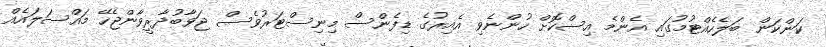
ކަންކަން ބަލެހެއްޓުމުގައި އެންމެ އިސްކޮށް ހުންނެވި އެއިރުގެ ޑިފެންސް މިނިސްޓަރުވެސް ޖަވާބުދާރީވާންޖެހޭ މައްސަލައެއް